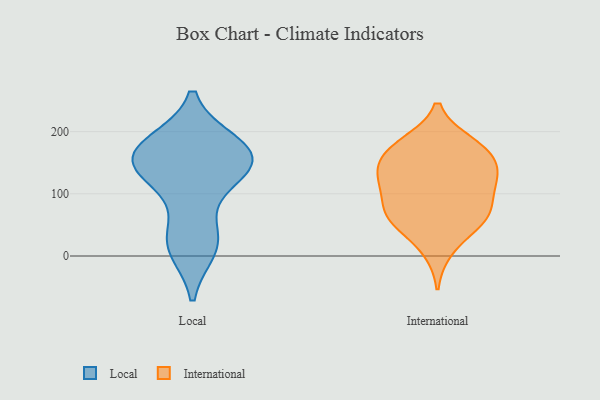
{"axis": {"x": "Tickets Resolved", "y": "Value"}, "legend": ["International", "Local"], "data": [{"x": "", "y": 123, "type": "Local"}, {"x": "", "y": 159, "type": "Local"}, {"x": "", "y": 168, "type": "Local"}, {"x": "", "y": 28, "type": "Local"}, {"x": "", "y": 157, "type": "Local"}, {"x": "", "y": 149, "type": "Local"}, {"x": "", "y": 173, "type": "Local"}, {"x": "", "y": 25, "type": "Local"}, {"x": "", "y": 180, "type": "Local"}, {"x": "", "y": 129, "type": "Local"}, {"x": "", "y": 13, "type": "Local"}, {"x": "", "y": 167, "type": "International"}, {"x": "", "y": 143, "type": "International"}, {"x": "", "y": 69, "type": "International"}, {"x": "", "y": 58, "type": "International"}, {"x": "", "y": 10, "type": "International"}, {"x": "", "y": 51, "type": "International"}, {"x": "", "y": 67, "type": "International"}, {"x": "", "y": 68, "type": "International"}, {"x": "", "y": 119, "type": "International"}, {"x": "", "y": 135, "type": "International"}, {"x": "", "y": 136, "type": "International"}, {"x": "", "y": 107, "type": "International"}, {"x": "", "y": 167, "type": "International"}, {"x": "", "y": 182, "type": "International"}, {"x": "", "y": 181, "type": "International"}, {"x": "", "y": 108, "type": "International"}]}